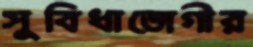
সুবিধাভোগীর